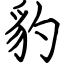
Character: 豹